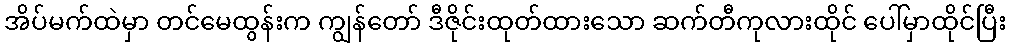
အိပ်မက်ထဲမှာ တင်မေထွန်းက ကျွန်တော် ဒီဇိုင်းထုတ်ထားသော ဆက်တီကုလားထိုင် ပေါ်မှာထိုင်ပြီး